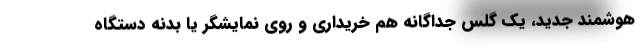
هوشمند جدید، یک گلس جداگانه هم خریداری و روی نمایشگر یا بدنه دستگاه